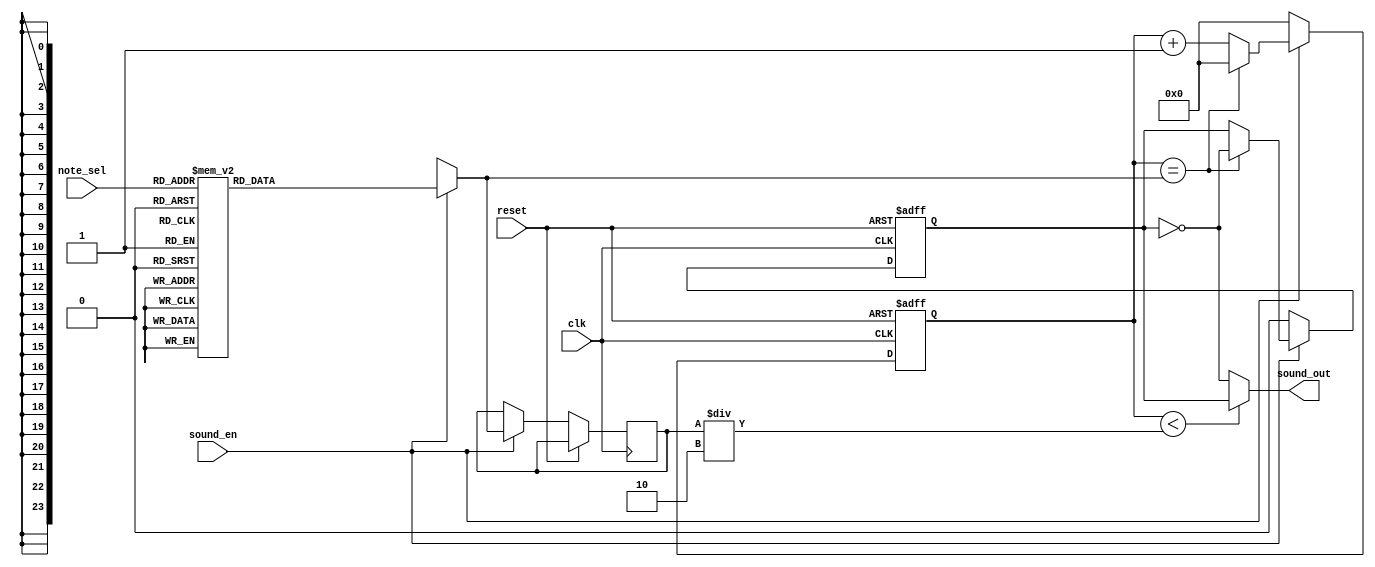

module buzzer(
    input clk,
    input reset,
    input [3:0] note_sel, // 4 bits to select one of 16 notes
    input sound_en,
    output sound_out
);

parameter DIV_C = 12_000_000 / (2 * 261.63) - 1;
parameter DIV_D = 12_000_000 / (2 * 293.66) - 1;
parameter DIV_E = 12_000_000 / (2 * 329.63) - 1;
parameter DIV_F = 12_000_000 / (2 * 349.23) - 1;
parameter DIV_G = 12_000_000 / (2 * 392.00) - 1;
parameter DIV_A = 12_000_000 / (2 * 440.00) - 1;
parameter DIV_B = 12_000_000 / (2 * 493.88) - 1;
parameter DIV_HIGH_C = 12_000_000 / (2 * 523.25) - 1;
parameter DIV_HIGH_D = 12_000_000 / (2 * 587.33) - 1;
parameter DIV_HIGH_E = 12_000_000 / (2 * 659.25) - 1;
parameter DIV_HIGH_F = 12_000_000 / (2 * 698.46) - 1;
parameter DIV_HIGH_G = 12_000_000 / (2 * 783.99) - 1;
parameter DIV_HIGH_A = 12_000_000 / (2 * 880.00) - 1;
parameter DIV_HIGH_B = 12_000_000 / (2 * 987.77) - 1;
parameter DIV_HIGHER_C = 12_000_000 / (2 * 1046.50) - 1;

reg [23:0] clk_divider = 0;
reg [23:0] current_div;
reg pwm_state = 0;

always @(posedge clk or posedge reset) begin
    if (reset == 1'b1) begin
        clk_divider <= 0;
        pwm_state <= 0;
    end else begin
        if (sound_en == 1'b1) begin
            case(note_sel)
                4'b0000: current_div = DIV_C;
                4'b0001: current_div = DIV_D;
                4'b0010: current_div = DIV_E;
                4'b0011: current_div = DIV_F;
                4'b0100: current_div = DIV_G;
                4'b0101: current_div = DIV_A;
                4'b0110: current_div = DIV_B;
                4'b0111: current_div = DIV_HIGH_C;
                4'b1000: current_div = DIV_HIGH_D;
                4'b1001: current_div = DIV_HIGH_E;
                4'b1010: current_div = DIV_HIGH_F;
                4'b1011: current_div = DIV_HIGH_G;
                4'b1100: current_div = DIV_HIGH_A;
                4'b1101: current_div = DIV_HIGH_B;
                4'b1110: current_div = DIV_HIGHER_C;
                default : current_div = DIV_C;
            endcase

            if (clk_divider == current_div) begin
                clk_divider <= 0;
                pwm_state <= ~pwm_state;
            end else begin
                clk_divider <= clk_divider + 24'b1;
            end
        end else begin
            clk_divider <= 0;
            pwm_state <= 0;
        end
    end
end

assign sound_out = (clk_divider < current_div/2) ? pwm_state : ~pwm_state;

endmodule




//module buzzer(
//    input clk,
//    input reset,
//    input [2:0] note_sel, // 3 bits to select one of 8 notes
//    input sound_en,
//    output sound_out
//);

//parameter DIV_C = 12_000_000 / (2 * 261.63) - 1;  // PWMGbW~GbW
//parameter DIV_D = 12_000_000 / (2 * 293.66) - 1;
//parameter DIV_E = 12_000_000 / (2 * 329.63) - 1;
//parameter DIV_F = 12_000_000 / (2 * 349.23) - 1;
//parameter DIV_G = 12_000_000 / (2 * 392.00) - 1;
//parameter DIV_A = 12_000_000 / (2 * 440.00) - 1;
//parameter DIV_B = 12_000_000 / (2 * 493.88) - 1;
//parameter DIV_HIGH_C = 12_000_000 / (2 * 523.25) - 1;

//reg [23:0] clk_divider = 0;
//reg [23:0] current_div;
//reg pwm_state = 0;

//always @(posedge clk or posedge reset) begin
//    if (reset == 1'b1) begin
//        clk_divider <= 0;
//        pwm_state <= 0;
//    end else begin
//        if (sound_en == 1'b1) begin
//            case(note_sel)
//                3'b000: current_div = DIV_C;
//                3'b001: current_div = DIV_D;
//                3'b010: current_div = DIV_E;
//                3'b011: current_div = DIV_F;
//                3'b100: current_div = DIV_G;
//                3'b101: current_div = DIV_A;
//                3'b110: current_div = DIV_B;
//                3'b111: current_div = DIV_HIGH_C;
//                default : current_div = DIV_C;
//            endcase

//            if (clk_divider == current_div) begin
//                clk_divider <= 0;
//                pwm_state <= ~pwm_state;
//            end else begin
//                clk_divider <= clk_divider + 24'b1;
//            end
//        end else begin
//            clk_divider <= 0;
//            pwm_state <= 0;
//        end
//    end
//end

//assign sound_out = (clk_divider < current_div/2) ? pwm_state : ~pwm_state;

//endmodule


//module buzzer(
//    input clk,
//    input reset,
//    input sound_en,
//    output sound_out
//);

//parameter DIV_1000Hz = 12_000_000 / 1000 - 1;

//reg [16:0] clk_divider = 0;
//reg pwm_state = 0;

//always @(posedge clk or posedge reset) begin
//    if (reset == 1'b1) begin
//        clk_divider <= 0;
//        pwm_state <= 0;
//    end else if (sound_en == 1'b1) begin
//        if (clk_divider == DIV_1000Hz) begin
//            clk_divider <= 0;
//            pwm_state <= ~pwm_state;
//        end else begin
//            clk_divider <= clk_divider + 17'b1;
//        end
//    end
//end

//assign sound_out = (clk_divider < DIV_1000Hz/2) ? pwm_state : ~pwm_state;

//endmodule